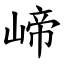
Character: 崹